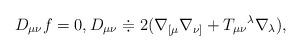
LaTeX: \begin{align*}D_{\mu \nu }f=0,D_{\mu \nu }\doteqdot 2(\nabla _{\lbrack \mu }\nabla_{\nu ]}+T_{\mu \nu }{}^{\lambda }\nabla _{\lambda }), \end{align*}